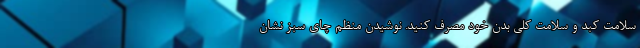
سلامت کبد و سلامت کلی بدن خود مصرف کنید. نوشیدن منظم چای سبز نشان